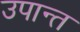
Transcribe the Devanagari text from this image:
उपान्त